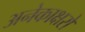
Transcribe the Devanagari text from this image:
अनेकाक्षरों